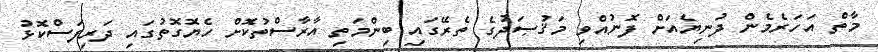
މާތް އަހަރެމެން ދުނިޔެއަށް ފޮނުއްވި މަޤުޞަދުގެ ތެރޭގައި ބިންމަތި އާރާސްތުކޮށް ހެޔޮގޮތުގައި ދަރިފަސްކޮޅު